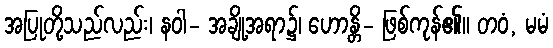
အပြုတို့သည်လည်း၊ နဝါ- အချို့အရာ၌၊ ဟောန္တိ- ဖြစ်ကုန်၏။ တဝံ, မမံ